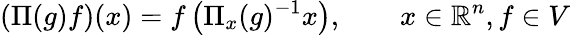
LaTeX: (\Pi(g)f)(x)=f\left(\Pi_{x}(g)^{-1}x\right),\qquad x\in\mathbb{R}^{n},f\in V